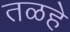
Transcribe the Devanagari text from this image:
तळहे